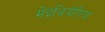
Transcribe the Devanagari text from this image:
मेंइथियोपिया